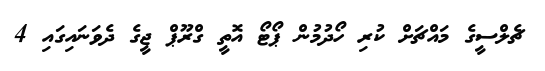
ޗެލްސީގެ މައްޗަށް ކުރި ހޯދުމުން ޕޯޓޯ އޮތީ ގްރޫޕް ޖީގެ ދެވަނައިގައި 4